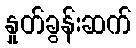
နှုတ်ခွန်းဆက်